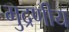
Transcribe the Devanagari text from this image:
मुद्रणीय